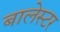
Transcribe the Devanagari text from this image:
बालेस्टर